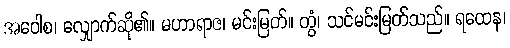
အဝေါစ၊ လျှောက်ဆို၏။ မဟာရာဇ၊ မင်းမြတ်။ တွံ၊ သင်မင်းမြတ်သည်။ ရထေန၊